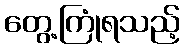
တွေ့ကြုံရသည့်